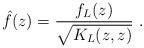
LaTeX: \begin{align*} \hat f(z)=\frac{f_L(z)}{\sqrt{K_L(z,z)}}\ .\end{align*}